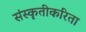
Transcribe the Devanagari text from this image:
संस्कृतीकरिता